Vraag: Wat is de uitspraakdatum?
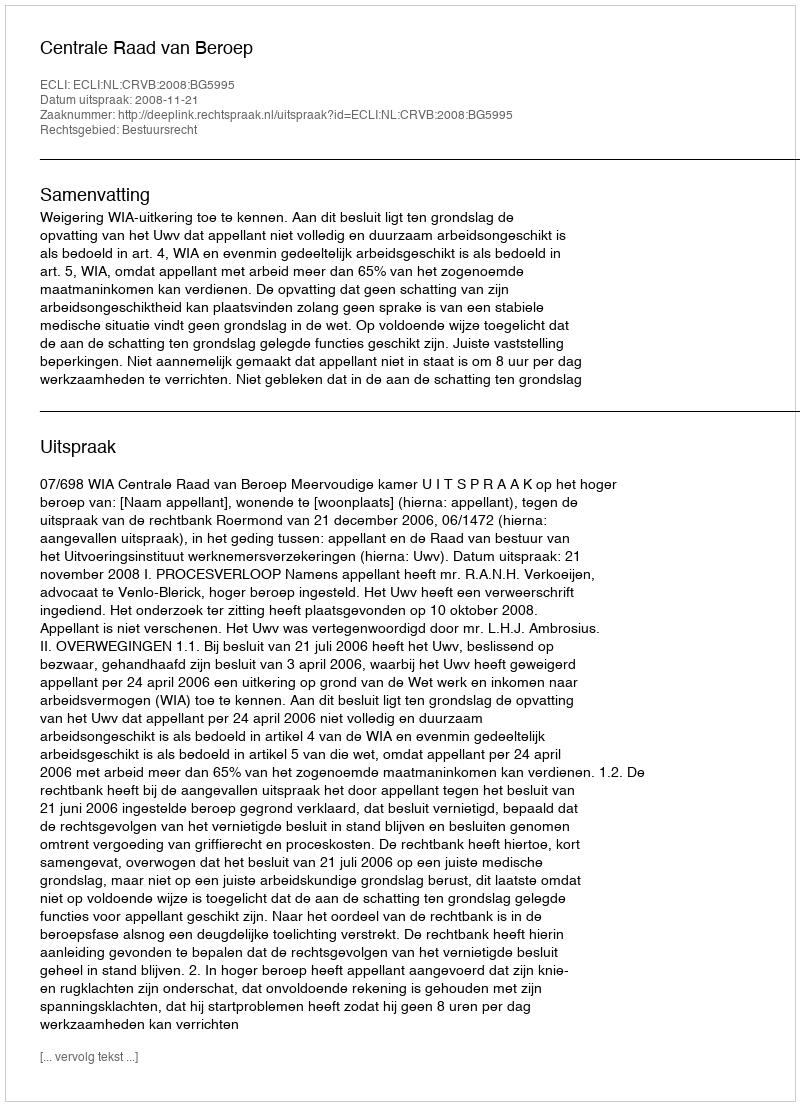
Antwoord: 2008-11-21